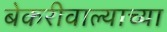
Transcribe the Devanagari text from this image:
बेकरीवाल्याच्या